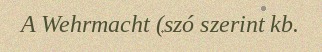
A Wehrmacht (szó szerint kb.